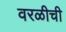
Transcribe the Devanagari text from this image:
वरळीची